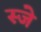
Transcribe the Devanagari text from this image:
स्जे